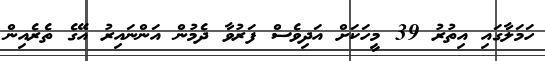
ހަމަލާގައި އިތުރު 39 މީހަކަށް އަދިވެސް ފަރުވާ ދެމުން އަންނައިރު އޭގެ ތެރެއިން